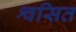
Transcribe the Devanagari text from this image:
श्वसित